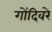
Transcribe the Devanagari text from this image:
गोंदिवरे